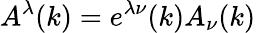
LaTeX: A^{\lambda}(k)=e^{\lambda\nu}(k)A_{\nu}(k)